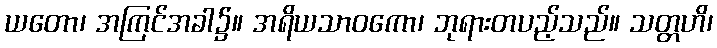
ယတော၊ အကြင်အခါ၌။ အရိယသာဝကော၊ ဘုရားတပည့်သည်။ သတ္တဟိ၊